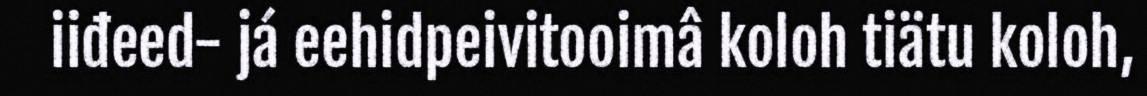
iiđeed- já eehidpeivitooimâ koloh tiätu koloh,